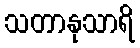
သတာနုသာရိ